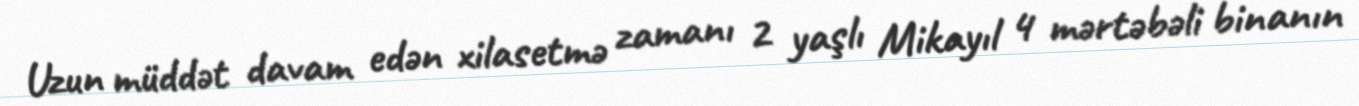
Uzun müddət davam edən xilasetmə zamanı 2 yaşlı Mikayıl 4 mərtəbəli binanın